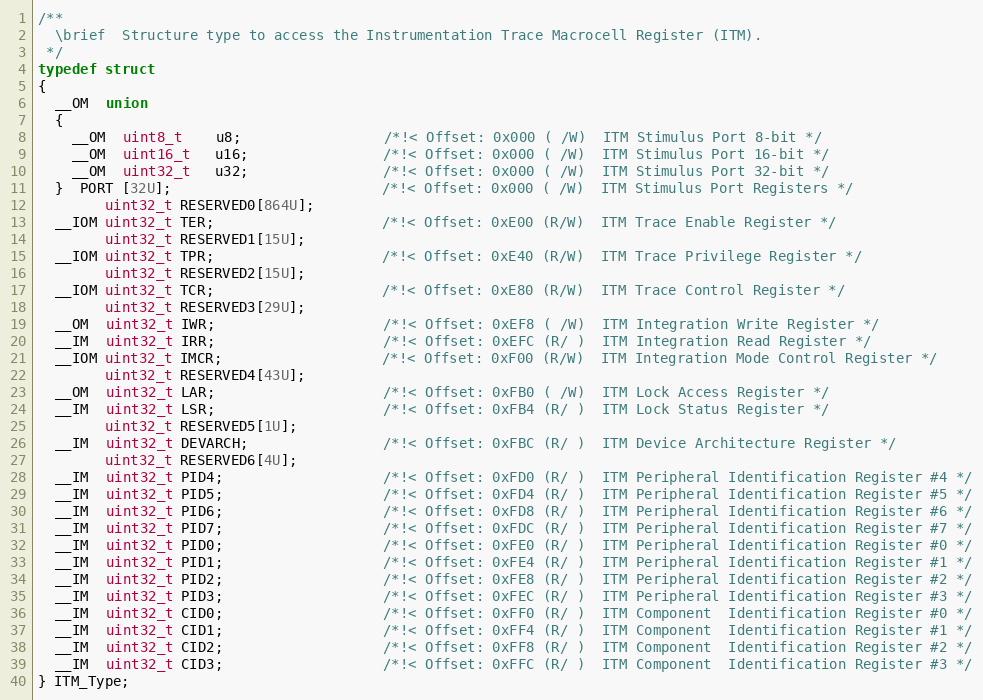
Language: C
/**
  \brief  Structure type to access the Instrumentation Trace Macrocell Register (ITM).
 */
typedef struct
{
  __OM  union
  {
    __OM  uint8_t    u8;                 /*!< Offset: 0x000 ( /W)  ITM Stimulus Port 8-bit */
    __OM  uint16_t   u16;                /*!< Offset: 0x000 ( /W)  ITM Stimulus Port 16-bit */
    __OM  uint32_t   u32;                /*!< Offset: 0x000 ( /W)  ITM Stimulus Port 32-bit */
  }  PORT [32U];                         /*!< Offset: 0x000 ( /W)  ITM Stimulus Port Registers */
        uint32_t RESERVED0[864U];
  __IOM uint32_t TER;                    /*!< Offset: 0xE00 (R/W)  ITM Trace Enable Register */
        uint32_t RESERVED1[15U];
  __IOM uint32_t TPR;                    /*!< Offset: 0xE40 (R/W)  ITM Trace Privilege Register */
        uint32_t RESERVED2[15U];
  __IOM uint32_t TCR;                    /*!< Offset: 0xE80 (R/W)  ITM Trace Control Register */
        uint32_t RESERVED3[29U];
  __OM  uint32_t IWR;                    /*!< Offset: 0xEF8 ( /W)  ITM Integration Write Register */
  __IM  uint32_t IRR;                    /*!< Offset: 0xEFC (R/ )  ITM Integration Read Register */
  __IOM uint32_t IMCR;                   /*!< Offset: 0xF00 (R/W)  ITM Integration Mode Control Register */
        uint32_t RESERVED4[43U];
  __OM  uint32_t LAR;                    /*!< Offset: 0xFB0 ( /W)  ITM Lock Access Register */
  __IM  uint32_t LSR;                    /*!< Offset: 0xFB4 (R/ )  ITM Lock Status Register */
        uint32_t RESERVED5[1U];
  __IM  uint32_t DEVARCH;                /*!< Offset: 0xFBC (R/ )  ITM Device Architecture Register */
        uint32_t RESERVED6[4U];
  __IM  uint32_t PID4;                   /*!< Offset: 0xFD0 (R/ )  ITM Peripheral Identification Register #4 */
  __IM  uint32_t PID5;                   /*!< Offset: 0xFD4 (R/ )  ITM Peripheral Identification Register #5 */
  __IM  uint32_t PID6;                   /*!< Offset: 0xFD8 (R/ )  ITM Peripheral Identification Register #6 */
  __IM  uint32_t PID7;                   /*!< Offset: 0xFDC (R/ )  ITM Peripheral Identification Register #7 */
  __IM  uint32_t PID0;                   /*!< Offset: 0xFE0 (R/ )  ITM Peripheral Identification Register #0 */
  __IM  uint32_t PID1;                   /*!< Offset: 0xFE4 (R/ )  ITM Peripheral Identification Register #1 */
  __IM  uint32_t PID2;                   /*!< Offset: 0xFE8 (R/ )  ITM Peripheral Identification Register #2 */
  __IM  uint32_t PID3;                   /*!< Offset: 0xFEC (R/ )  ITM Peripheral Identification Register #3 */
  __IM  uint32_t CID0;                   /*!< Offset: 0xFF0 (R/ )  ITM Component  Identification Register #0 */
  __IM  uint32_t CID1;                   /*!< Offset: 0xFF4 (R/ )  ITM Component  Identification Register #1 */
  __IM  uint32_t CID2;                   /*!< Offset: 0xFF8 (R/ )  ITM Component  Identification Register #2 */
  __IM  uint32_t CID3;                   /*!< Offset: 0xFFC (R/ )  ITM Component  Identification Register #3 */
} ITM_Type;